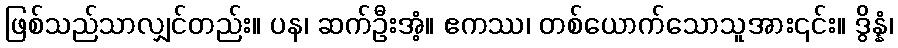
ဖြစ်သည်သာလျှင်တည်း။ ပန၊ ဆက်ဦးအံ့။ ဧကဿ၊ တစ်ယောက်သောသူအား၎င်း။ ဒွိန္နံ၊